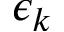
\epsilon _ { k }